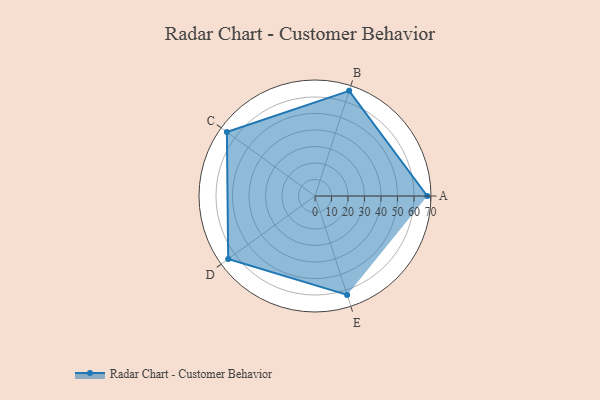
{"axis": {"x": "Skill", "y": "Score"}, "legend": ["Profile"], "data": [{"x": "A", "y": 68.0, "type": "Profile"}, {"x": "B", "y": 67.0, "type": "Profile"}, {"x": "C", "y": 66.0, "type": "Profile"}, {"x": "D", "y": 65.0, "type": "Profile"}, {"x": "E", "y": 63.0, "type": "Profile"}]}